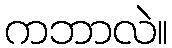
ကဘာလဲ။